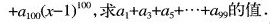
+ a _ { 1 0 0 } ( x - 1 ) ^ { 1 0 0 }$$ ，求$$a _ { 1 } + a _ { 3 } + a _ { 5 } + … +a _ { 9 9 }$$的值.